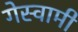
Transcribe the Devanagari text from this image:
गेस्वामी